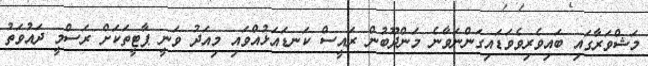
މަޝްވަރާގައި ބައިވެރިވެވަޑައިގަންނަވާނެ މަންދޫބުން ރައީސް ކަނޑައަޅުއްވައި މިއަދު ވަނީ ޕާޓީތަކަށް ރަސްމީ ދައުވަތު